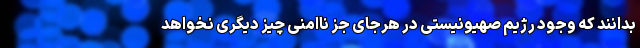
بدانند که وجود رژیم صهیونیستی در هرجای جز ناامنی چیز دیگری نخواهد